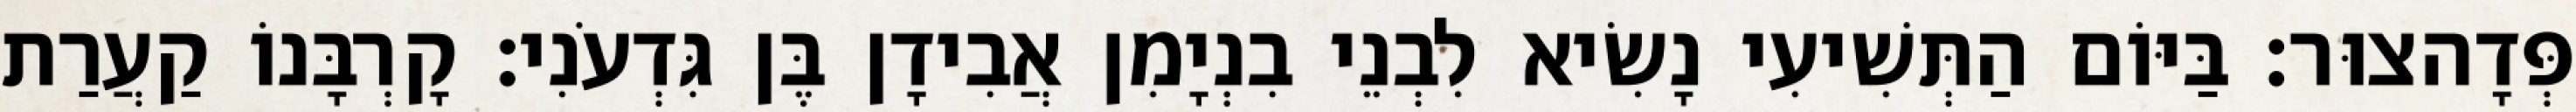
פְּדָהצוּר׃ בַּיּוֹם הַתְּשִׁיעִי נָשִׂיא לִבְנֵי בִנְיָמִן אֲבִידָן בֶּן גִּדְעֹנִי׃ קָרְבָּנוֹ קַעֲרַת